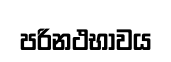
පරිනථභාවය